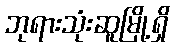
ဘုရားသုံးဆူမြို့ရှိ